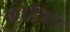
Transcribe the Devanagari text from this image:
लाटेवर